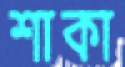
শাকা